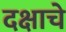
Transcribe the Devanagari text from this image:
दक्षाचे